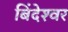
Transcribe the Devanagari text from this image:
बिंदेश्‍वर